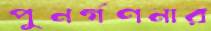
পুনর্গণনার